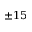
\pm 1 5